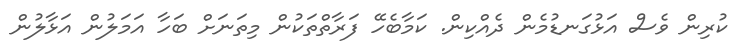
ކުރިން ވެސް އަޅުގަނޑުމެން ދެއްކިން. ކަމާބެހޭ ފަރާތްތަކުން މިތަނަށް ބަހާ އަމަލުން އަޅާލުން